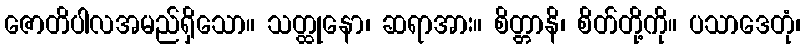
ဇောတိပါလအမည်ရှိသော။ သတ္ထုနော၊ ဆရာအား။ စိတ္တာနိ၊ စိတ်တို့ကို။ ပသာဒေတုံ၊